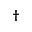
\dagger